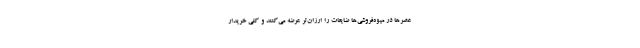
عصر‌ها در میوه‌فروشی‌ها ضایعات را ارزان‌تر عرضه می‌کنند و کلی خریدار